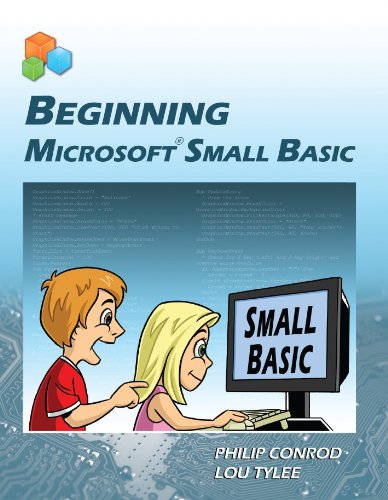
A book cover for Beginning Microsoft Small Basic; Philip Conrod; Children's Books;